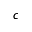
c